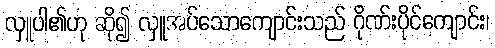
လှူပါ၏ဟု ဆို၍ လှူအပ်သောကျောင်းသည် ဂိုဏ်းပိုင်ကျောင်း၊